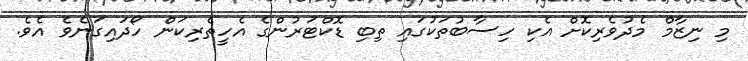
މި ނިޒާމް މެދުވެރިކޮށް އެކި ހިސާބުތަކުގައި ތިބި ޑޮކްޓަރުންގެ އެހީތެރިކަން ހޯދައިގަނެވެ އެވެ.